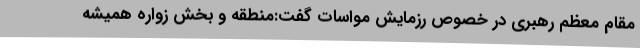
مقام معظم رهبری در خصوص رزمایش مواسات گفت:منطقه و بخش زواره همیشه